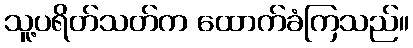
သူ့ပရိတ်သတ်က ထောက်ခံကြသည်။